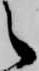
之